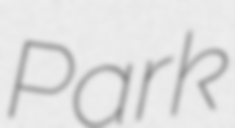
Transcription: Park